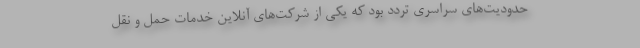
حدودیت‌های سراسری تردد بود که یکی از شرکت‌های آنلاین خدمات حمل و نقل